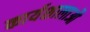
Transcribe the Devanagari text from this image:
कार्यशालाऔ